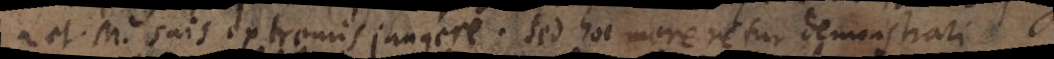
_ et. M. sais extremis jungere. sed hoc more retur demonstrari